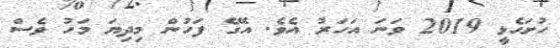
ހުށަހެޅީ 2019 ވަނަ އަހަރު އެވެ. އޭގެ ފަހުން މިދިޔަ މަހު ވެސް